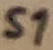
Text: S1